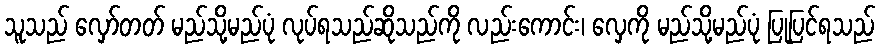
သူသည် လှော်တတ် မည်သို့မည်ပုံ လုပ်ရသည်ဆိုသည်ကို လည်းကောင်း၊ လှေကို မည်သို့မည်ပုံ ပြုပြင်ရသည်